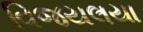
વિજયલયા